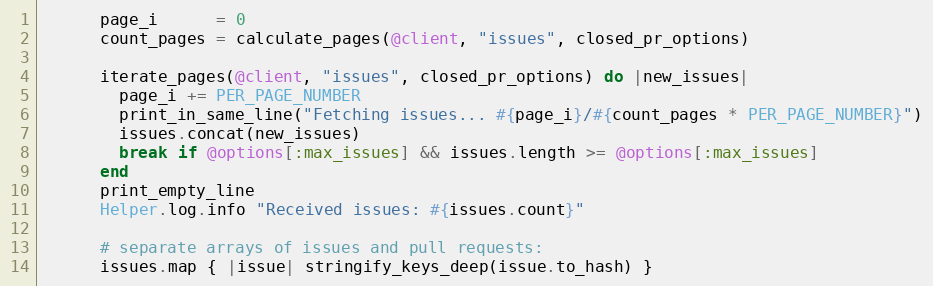
Language: Ruby
      page_i      = 0
      count_pages = calculate_pages(@client, "issues", closed_pr_options)

      iterate_pages(@client, "issues", closed_pr_options) do |new_issues|
        page_i += PER_PAGE_NUMBER
        print_in_same_line("Fetching issues... #{page_i}/#{count_pages * PER_PAGE_NUMBER}")
        issues.concat(new_issues)
        break if @options[:max_issues] && issues.length >= @options[:max_issues]
      end
      print_empty_line
      Helper.log.info "Received issues: #{issues.count}"

      # separate arrays of issues and pull requests:
      issues.map { |issue| stringify_keys_deep(issue.to_hash) }